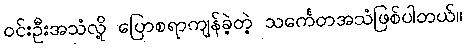
ဝင်းဦးအသံလို့ ပြောစရာကျန်ခဲ့တဲ့ သင်္ကေတအသံဖြစ်ပါတယ်။